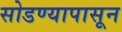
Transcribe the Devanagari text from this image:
सोडण्यापासून